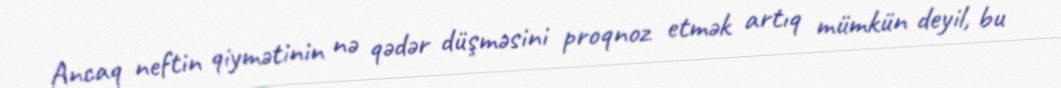
Ancaq neftin qiymətinin nə qədər düşməsini proqnoz etmək artıq mümkün deyil, bu